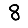
Digit: 8